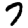
Digit: 7